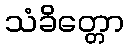
သံခိတ္တော